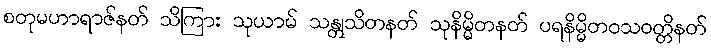
စတုမဟာရာဇ်နတ် သိကြား သုယာမ် သန္တုသိတနတ် သုနိမ္မိတနတ် ပရနိမ္မိတဝသဝတ္တိနတ်